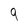
Character: 9